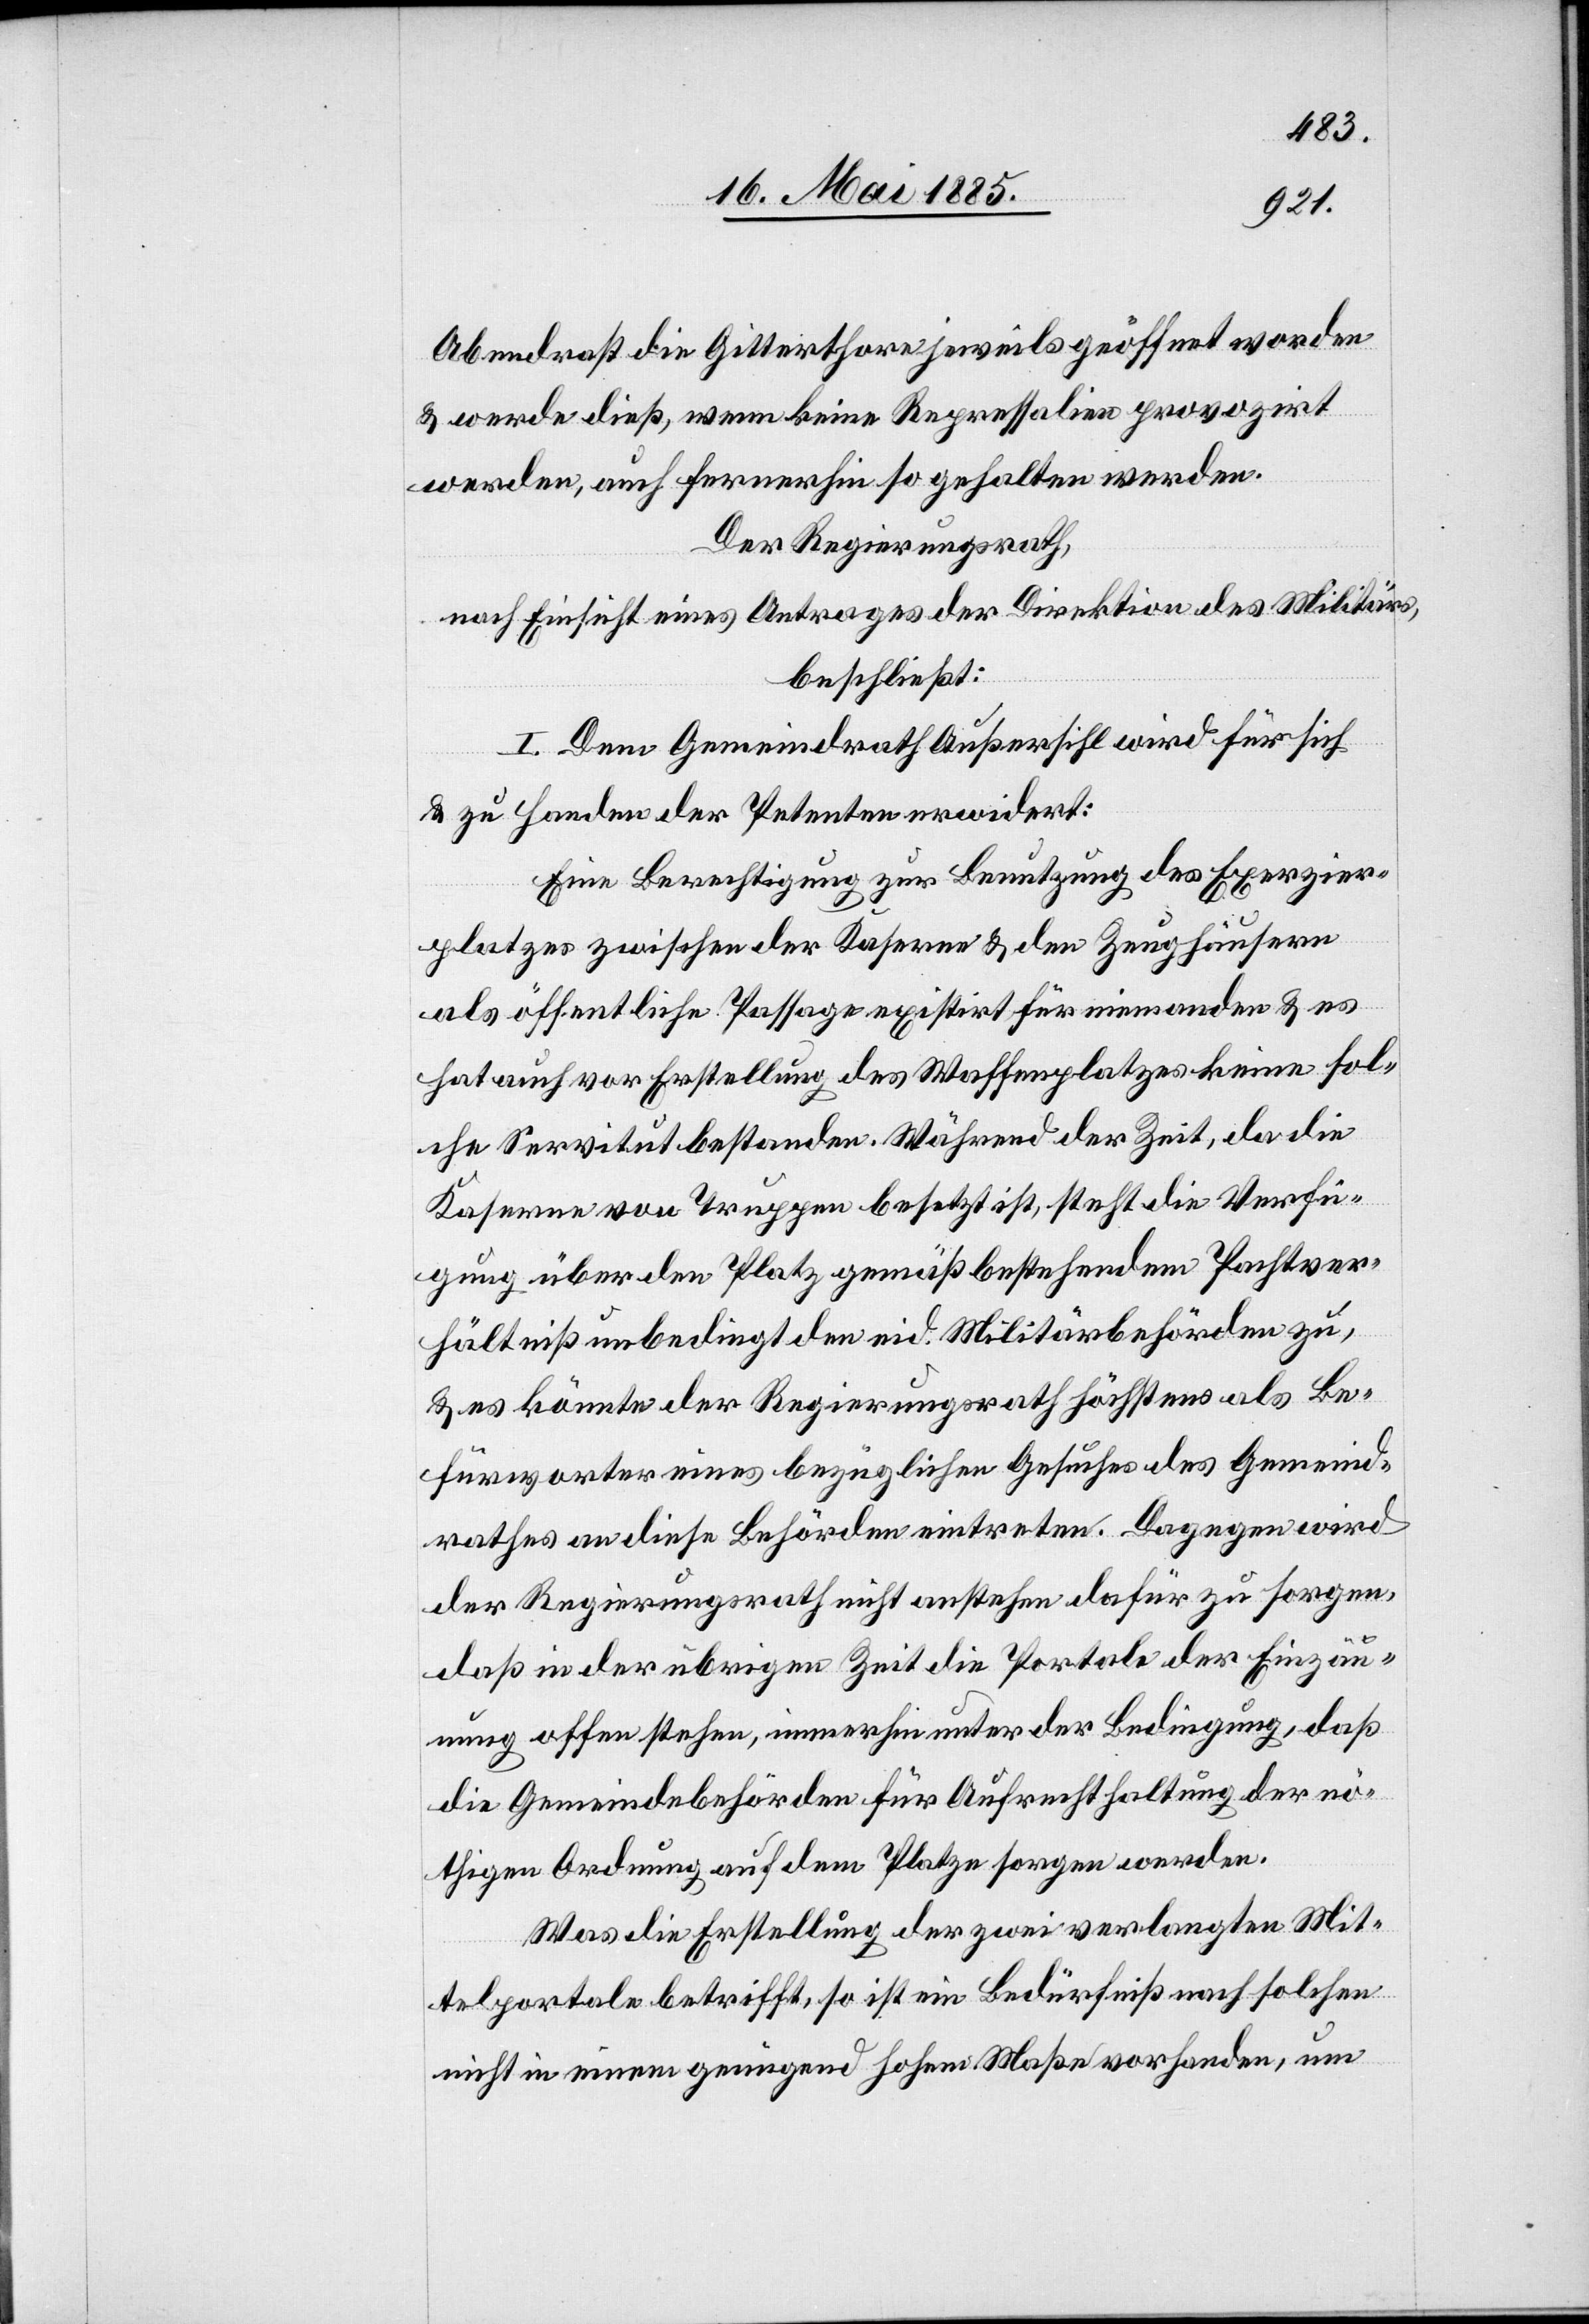
Abendrast die Gitterthore jeweils geöffnet worden
& werde dieß, wenn keine Repressalien provozirt
werden, auch fernerhin so gehalten werden.
Der Regierungsrath,
nach Einsicht eines Antrages der Direktion des Militärs,
beschließt:
I. Dem Gemeindrath Außersihl wird für sich
& zu Handen der Petenten erwidert:
Eine Berechtigung zur Benutzung des Exerzier¬
platzes zwischen der Kaserne & den Zeughäusern
als öffentliche Passage existirt für einander & es
hat auch vor Erstellung des Waffenplatzes keine sol¬
che Servitut bestanden. Während der Zeit, da die
Kaserne von Truppen besetzt ist, steht die Versiche¬
rung über den Platz gemäß bestehendem Pachtver¬
hätlniß unbedingt den eid. Militärbehörden zu,
& es könnte der Regierungsrath höchstens als Be¬
fürworter eines bezüglichen Gesuches des Gemeind¬
rathes an diese Behörden eintreten. Dagegen wird
der Regierungsrath nicht anstehen dafür zu sorgen,
daß in der übrigen Zeit die Portale der Einzäu¬
nung offen stehen, immerhin unter der Bedingung, daß
die Gemeindebehörden für Aufrechthaltung der nö¬
thigen Ordnung auf dem Platze sorgen werden.
Was die Erstellung der zwei verlangten Mit¬
telportale betrifft, so ist ein Bedürfniß nach solchen
nicht in einem genügend hohen Maße vorhanden, um